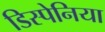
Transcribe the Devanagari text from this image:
डिस्पेनिया